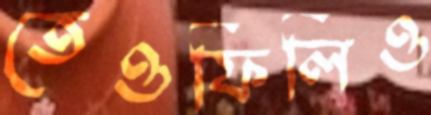
তেওফিলিও